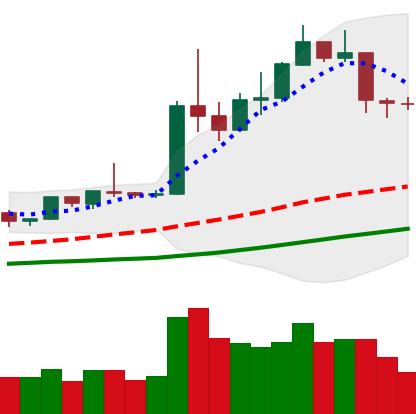
Ticker: ETH-USD
Chart end date: 2019-04-13
Forward return: 5.653%
Label: up_5_7